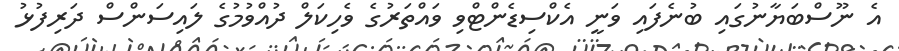
އެ ނޫސްބަޔާނުގައި ބުނެފައި ވަނީ އެކްސިޑެންޓްވި ވައްތަރުގެ ވެހިކަލް ދުއްވުމުގެ ލައިސަންސް ދަރިފުޅު